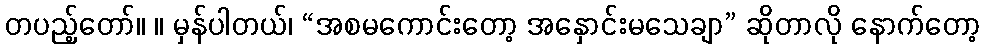
တပည့်တော်။ ။ မှန်ပါတယ်၊ “အစမကောင်းတော့ အနှောင်းမသေချာ” ဆိုတာလို နောက်တော့